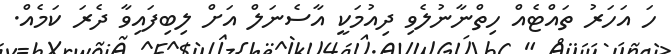
ހަ އަހަރު ތައްޓެއް ހިތްނާނުލެވި ދިއުމަކީ އާސެނަލް އަށް ލިބިފައިވާ ދެރަ ކަމެއް.